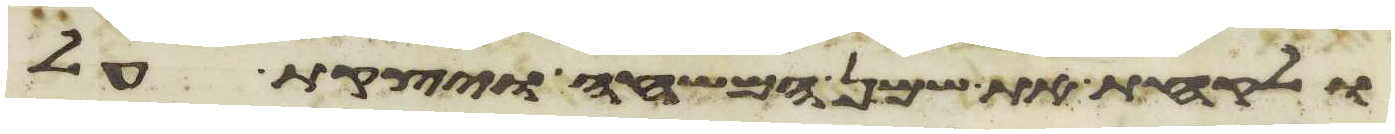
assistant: ולקחת את שמן המשחה ויצקת על